Civil Veterinary Department. Central Provinces & Berar 1925-31 - 1925-1931
Year: 1925
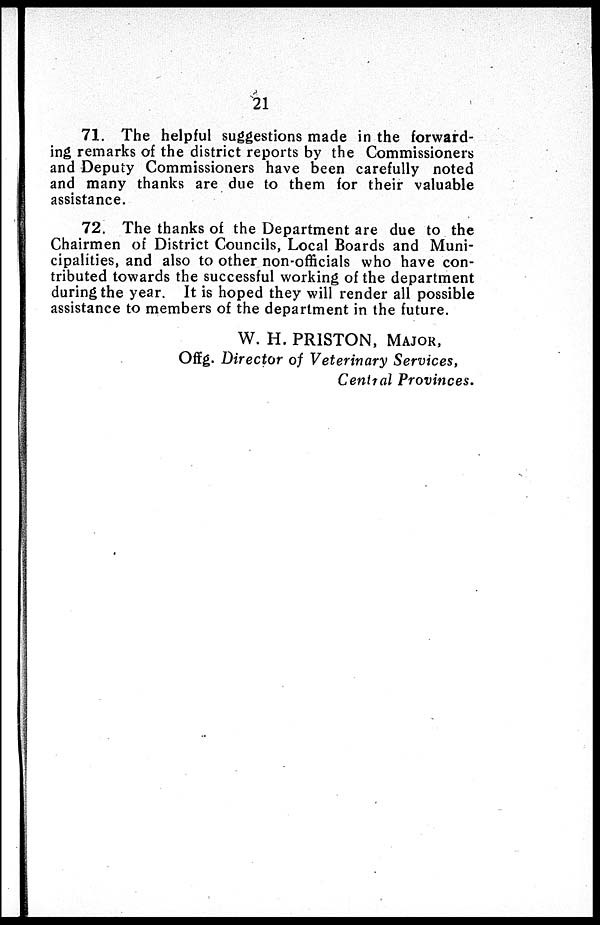
21
71. The helpful suggestions made in the forward-
ing remarks of the district reports by the Commissioners
and Deputy Commissioners have been carefully noted
and many thanks are due to them for their valuable
assistance.
72. The thanks of the Department are due to the
Chairmen of District Councils, Local Boards and Muni-
cipalities, and also to other non-officials who have con-
tributed towards the successful working of the department
during the year. It is hoped they will render all possible
assistance to members of the department in the future.
W. H. PRISTON, MAJOR,
Offg. Director of Veterinary Services,
Central Provinces.